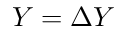
Y = \Delta Y